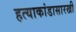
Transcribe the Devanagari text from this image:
हत्याकांडासारखी